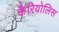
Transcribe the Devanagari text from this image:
कैरियोलिस